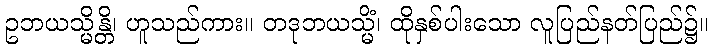
ဥဘယသ္မိန္တိ၊ ဟူသည်ကား။ တဒုဘယသ္မိံ၊ ထိုနှစ်ပါးသော လူပြည်နတ်ပြည်၌။